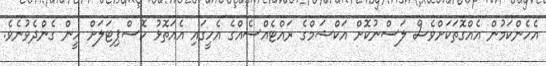
އެހެންކަމުން އެއްގޮތަކަށްވެސް ލަސްނުކޮށް އަކްޝަމްގެ ރައްޓެެއްސެއްގެ އެހީގައި އެއަތޮޅު ހޮސްޕިޓަލަށް ހީން ގެންދެވުނެވެ.